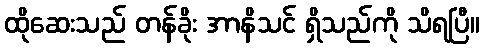
ထိုဆေးသည် တန်ခိုး အာနိသင် ရှိသည်ကို သိရပြီ။